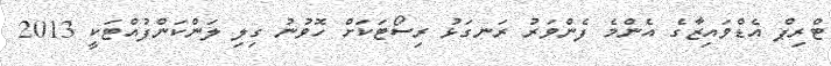
ޓްރިޕް އެޑްވައިޒާގެ އެންމެ ފެންވަރު ރަނގަޅު ރިސޯޓަކަށް ހޮވުނު ގިލި ލަންކަންފުއްޓަކީ 2013